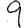
Digit: 9